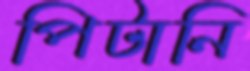
পিটানি